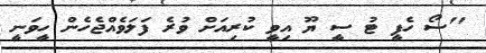
''ސޯ ހެޕީ ޓު ސީ ޔޫ އިވީ ކުރިއަށް ވުރެ ފަލަވެއްޖެހެން ހީވަނީ